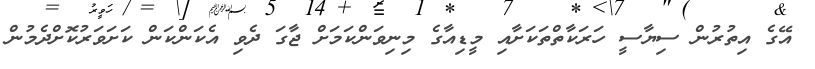
އޭގެ އިތުރުން ސިޔާސީ ހަރަކާތްތަކަށާއި މީޑިއާގެ މިނިވަންކަމަށް ޖާގަ ދެވި އެކަންކަން ކަށަވަރުކޮށްދެމުން